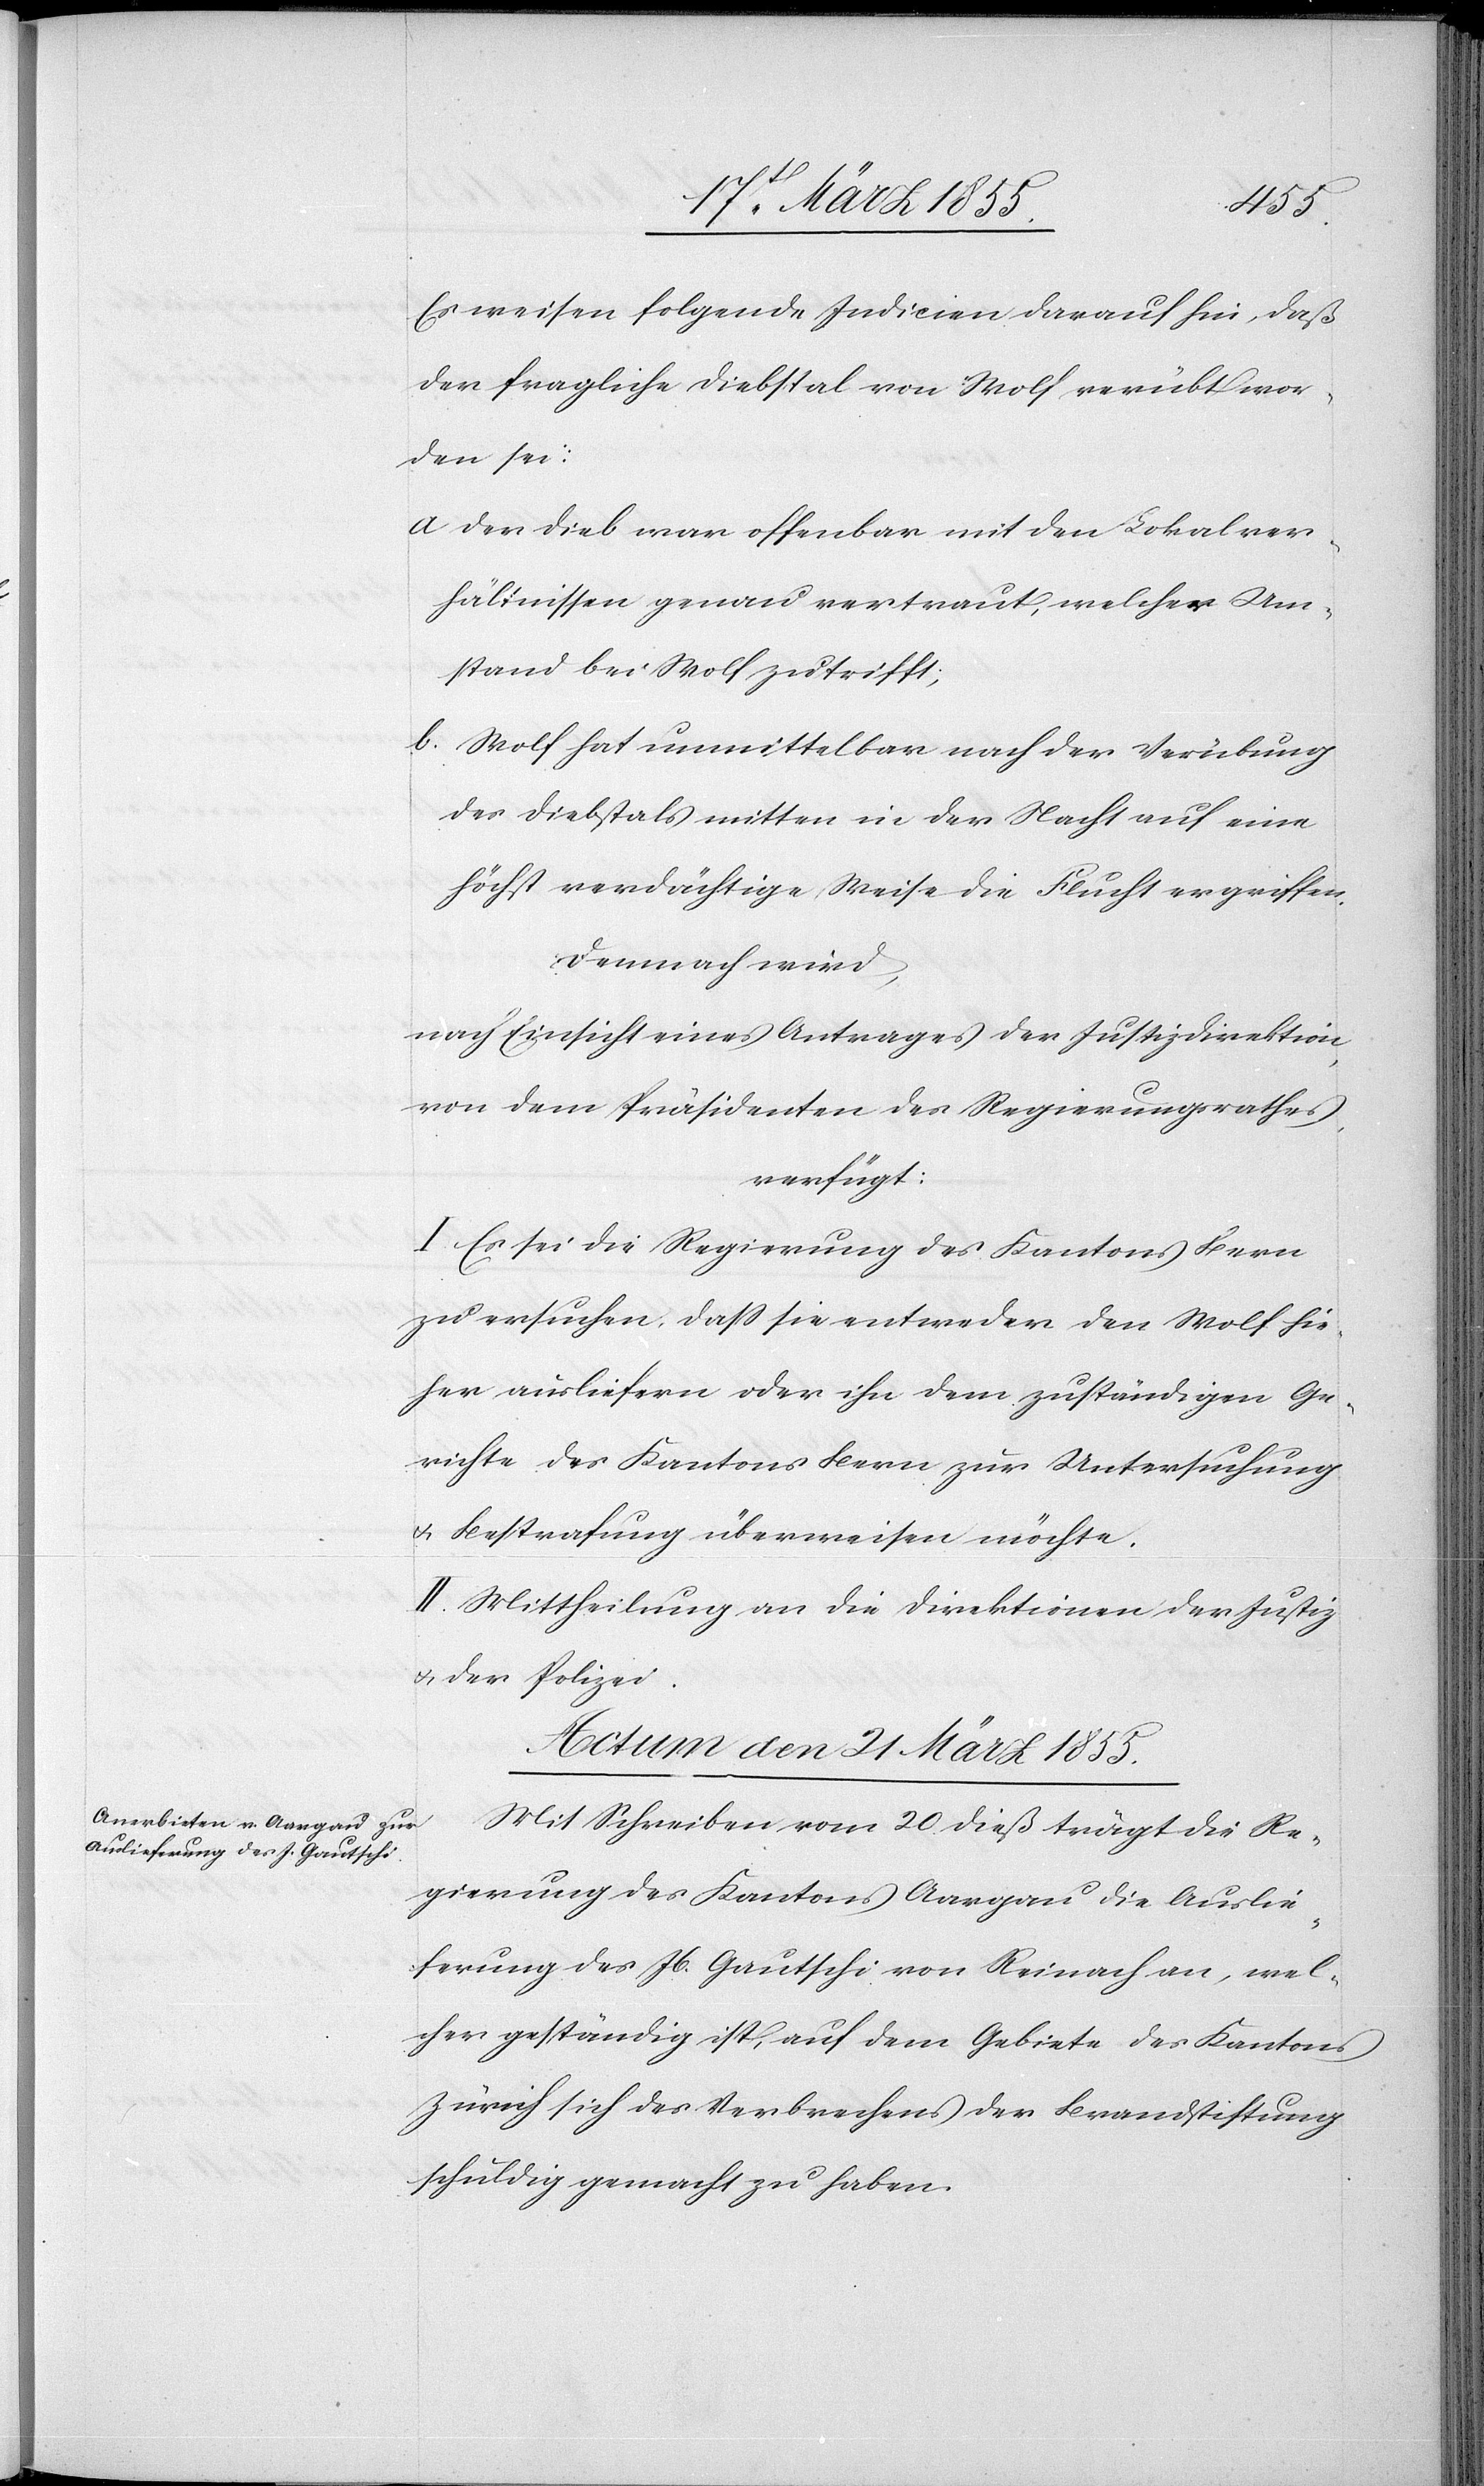
Es weisen folgende Indicien darauf hin, daß
der fragliche Diebstal von Wolf verübt wor¬
den sei:
der Dieb war offenbar mit den Lokalver¬
hältnissen genau vertraut, welcher Um¬
stand bei Wolf zutrifft;
Wolf hat unmittelbar nach der Verübung
des Diebstals mitten in der Nacht auf eine
höchst verdächtige Weise die Flucht ergriffen.
Demnach wird,
nach Einsicht eines Antrages der Justizdirektion,
von dem Präsidenten des Regierungsrathes,
verfügt:
I. Es sei die Regierung des Kantons Bern
zu ersuchen, dass sie entweder den Wolf hie¬
her ausliefern oder ihn dem zuständigen Ge¬
richte des Kantons Bern zur Untersuchung
& Bestrafung überweisen möchte.
II. Mittheilung an die Direktionen der Justiz
& der Polizei.
Actum den 21 März 1855.
Mit Schreiben vom 20 dieß trägt die Re¬
gierung des Kantons Aargau die Auslie¬
ferung des Jb. Gautschi von Reinach an, wel¬
cher geständig ist, auf dem Gebiete des Kantons
Zürich sich des Verbrechens der Brandstiftung
schuldig gemacht zu haben.